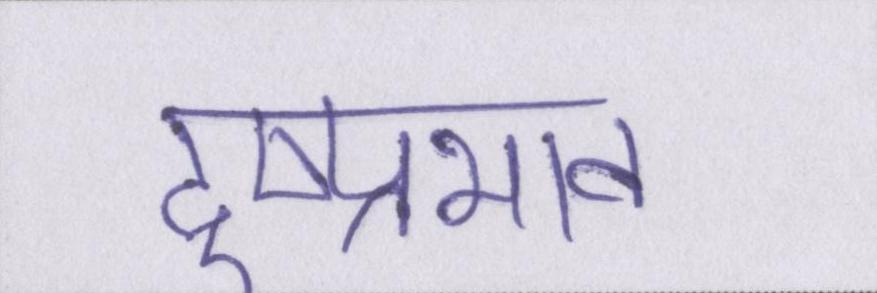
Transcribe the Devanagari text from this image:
दुष्प्रभाव